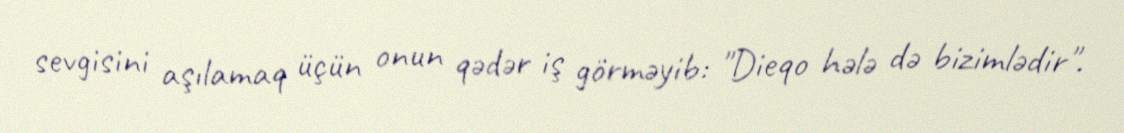
sevgisini aşılamaq üçün onun qədər iş görməyib: "Dieqo hələ də bizimlədir".